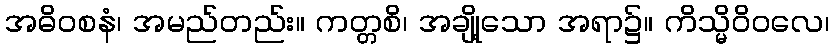
အဓိဝစနံ၊ အမည်တည်း။ ကတ္တစိ၊ အချို့သော အရာ၌။ ကိသ္မိဝိဝလေ၊